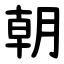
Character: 朝